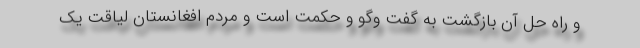
و راه حل آن بازگشت به گفت وگو و حکمت است و مردم افغانستان لیاقت یک